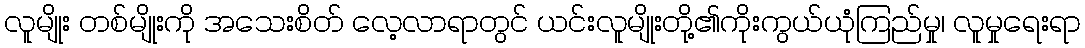
လူမျိုး တစ်မျိုးကို အသေးစိတ် လေ့လာရာတွင် ယင်းလူမျိုးတို့၏ကိုးကွယ်ယုံကြည်မှု၊ လူမှုရေးရာ